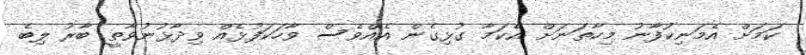
ކަމަށް އެމަނިކުފާނު މިހާތަނަށް އެކަމާ ގުޅިގެން އެއްވެސް ވާހަކަފުޅެއް ވިދާޅުނުވާތީ ބާރު ލިބެ